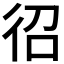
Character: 𭛤